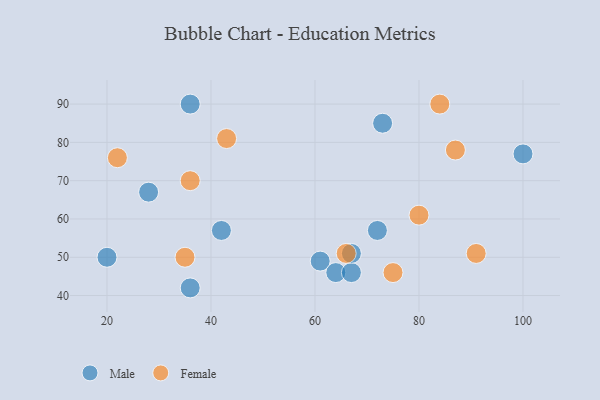
{"axis": {"x": "GDP", "y": "Life Expectancy"}, "legend": ["Female", "Male"], "data": [{"x": "61", "y": 49, "type": "Male"}, {"x": "64", "y": 46, "type": "Male"}, {"x": "67", "y": 46, "type": "Male"}, {"x": "28", "y": 67, "type": "Male"}, {"x": "100", "y": 77, "type": "Male"}, {"x": "36", "y": 90, "type": "Male"}, {"x": "20", "y": 50, "type": "Male"}, {"x": "42", "y": 57, "type": "Male"}, {"x": "67", "y": 51, "type": "Male"}, {"x": "72", "y": 57, "type": "Male"}, {"x": "36", "y": 42, "type": "Male"}, {"x": "73", "y": 85, "type": "Male"}, {"x": "36", "y": 70, "type": "Female"}, {"x": "66", "y": 51, "type": "Female"}, {"x": "75", "y": 46, "type": "Female"}, {"x": "84", "y": 90, "type": "Female"}, {"x": "87", "y": 78, "type": "Female"}, {"x": "35", "y": 50, "type": "Female"}, {"x": "22", "y": 76, "type": "Female"}, {"x": "43", "y": 81, "type": "Female"}, {"x": "91", "y": 51, "type": "Female"}, {"x": "80", "y": 61, "type": "Female"}]}